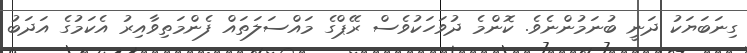
ގިނަބަޔަކު ދަނީ ބުނަމުންނެވެ. ކޮންމެ ދުވަހަކުވެސް ރޭޕްގެ މައްސަލަތައް ފެންމަތިވާއިރު އެކަމުގެ އަދަބު